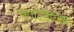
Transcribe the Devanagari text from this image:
व्हाल्दिव्हिया